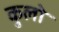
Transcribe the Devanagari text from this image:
कुलो